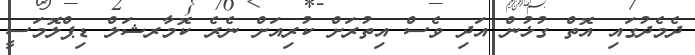
ދެމެދުގައި އޮތް ގުޅުން އަދި ވެސް އިތުރަށް ކުރިއަށް ނެރެ ކޮމާރޝަލް ޑިޕްލޮމަސީ